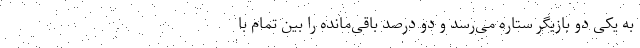
به یکی دو بازیگر ستاره می‌رسد و دو درصد باقی‌مانده را بین تمام با